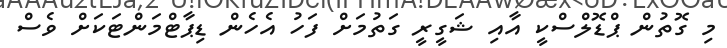
މި ގޮތުން ޕްޑޮލްސްކީ އާއި ޝަގީރީ ގަތުމަށް ފަހު އެހެން ޑިޕާޓްމަންޓަކަށް ވެސް